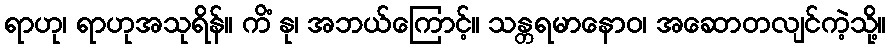
ရာဟု၊ ရာဟုအသုရိန်။ ကိံ နု၊ အဘယ်ကြောင့်။ သန္တရမာနောဝ၊ အဆောတလျင်ကဲ့သို့။